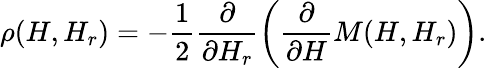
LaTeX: \rho(H,H_{r})=-\frac{1}{2}\frac{\partial}{\partial H_{r}}\left(\frac{\partial}{\partial H}M(H,H_{r})\right).